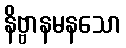
နိဗ္ဗာနမနသော